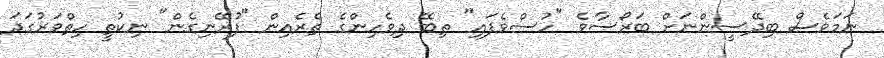
ނަމަވެސް ބިދޭސީންނަށް ބަރޯސާވެ "ހުސްވެފައި" ތިބޭ ދިވެހިންގެ ތެރެއިން "ފުރޭނިގެން" ނިކުތީ ހިތްވަރުގަދަ